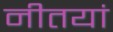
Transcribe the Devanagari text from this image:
नीतयां